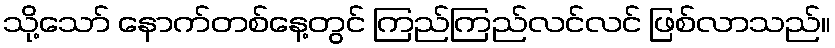
သို့သော် နောက်တစ်နေ့တွင် ကြည်ကြည်လင်လင် ဖြစ်လာသည်။